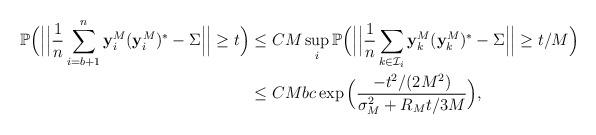
LaTeX: \begin{align*}\mathbb{P} \Big( \Big| \Big| \frac{1}{n}\sum_{i=b+1}^n \mathbf{y}^M_i(\mathbf{y}_i^M)^*-\Sigma \Big| \Big| \geq t \Big) & \leq CM \sup_i \mathbb{P} \Big( \Big|\Big| \frac{1}{n} \sum_{k \in \mathcal{I}_i} \mathbf{y}_k^M (\mathbf{y}_k^M)^*-\Sigma \Big|\Big| \geq t/M \Big) \\& \leq CMbc \exp\Big(\frac{-t^2/(2M^2)}{\sigma_M^2+R_Mt/3M} \Big),\end{align*}